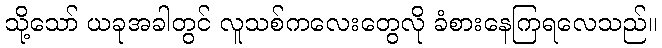
သို့သော် ယခုအခါတွင် လူသစ်ကလေးတွေလို ခံစားနေကြရလေသည်။